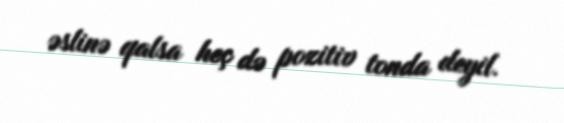
əslinə qalsa heç də pozitiv tonda deyil.